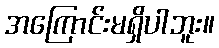
အကြောင်းမရှိပါဘူး။